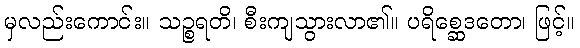
မှလည်းကောင်း။ သဉ္စရတိ၊ စီးကျသွားလာ၏။ ပရိစ္ဆေဒတော၊ ဖြင့်။